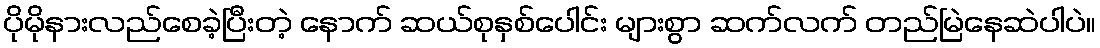
ပိုမိုနားလည်စေခဲ့ပြီးတဲ့ နောက် ဆယ်စုနှစ်ပေါင်း များစွာ ဆက်လက် တည်မြဲနေဆဲပါပဲ။